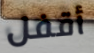
أقفل